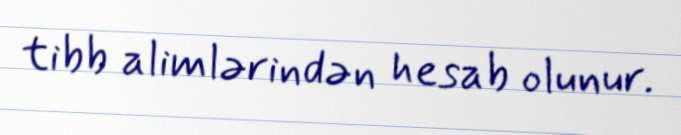
tibb alimlərindən hesab olunur.